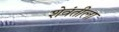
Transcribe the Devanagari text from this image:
शेवंतीला